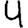
Digit: 4